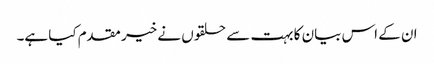
ان کے اس بیان کا بہت سے حلقوں نے خیر مقدم کیا ہے۔